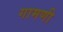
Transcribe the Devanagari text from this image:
गामणी